Report on the working of the Ranchi Indian Mental Hospital, Kanke, in Bihar and Orissa - 1930-1940
Year: 1930
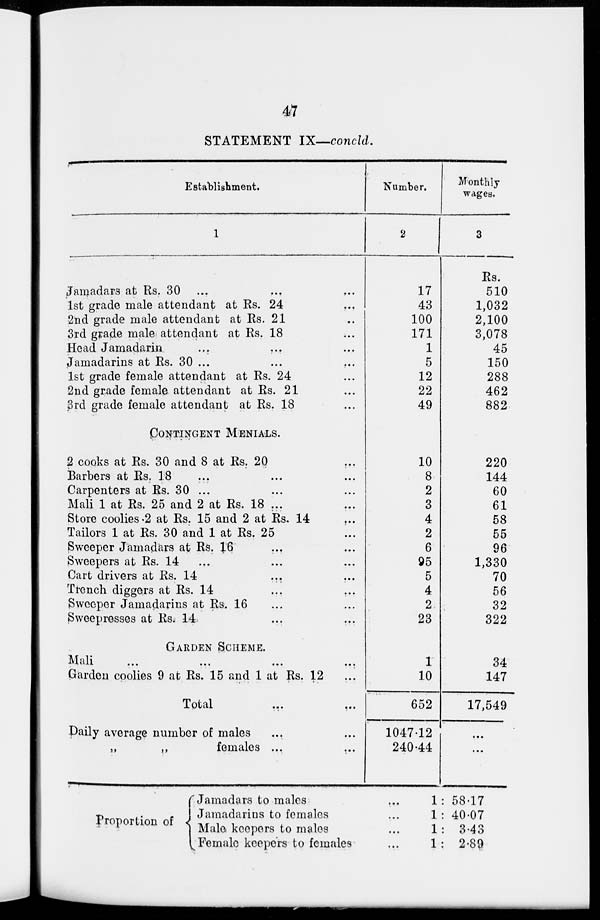
47
STATEMENT IX—concld.
Establishment.
1
Jamadars at Rs. 30 ...
...
...
1st grade male attendant at Rs. 24
...
2nd grade male attendant at Rs. 21 ...
3rd grade male attendant at Rs. 18 ...
Head Jamadarin
...
...
...
Jamadarins at Rs. 30 ...
...
...
1st grade female attendant at Rs. 24 ...
2nd grade female attendant at Rs. 21 ...
3rd grade female attendant at Rs. 18 ...
CONTINGENT MENIALS.
2 cooks at Rs. 30 and 8 at Rs. 20
...
Barbers at Rs. 18
... ... ...
Carpenters at Rs. 30 ... ... ...
Mali 1 at Rs. 25 and 2 at Rs. 18 ... ...
Store coolies 2 at Rs. 15 and 2 at Rs. 14
...
Tailors 1 at Rs. 30 and 1 at Rs. 25
...
Sweeper Jamadars at Rs. 16
... ...
Sweepers at Rs. 14 ... ... ...
Cart drivers at Rs. 14
...
...
Trench diggers at Rs. 14
...
...
Sweeper Jamadarins at Rs. 16 ... ...
Sweepresses at Rs. 14 ... ...
GARDEN SCHEME.
Mali ... ... ... ...
Garden coolies 9 at Rs. 15 and 1 at Rs. 12 ...
Total ... ...
Daily average number of males
...
...
„
„
females ...
...
Proportion of
Jamadars to males ...
Jamadarins to females ...
Male keepers to males ...
Female keepers to females ...
Number.
2
17
43
100
171
1
5
12
22
49
10
8
2
3
4
2
6
95
5
4
2
23
1
10
652
1047.12
240.44
1
1
1
1
Monthly
wages.
3
Rs.
510
1,032
2,100
3,078
45
150
288
462
882
220
144
60
61
58
55
96
1,330
70
56
32
322
34
147
17,549
...
...
: 58.17
: 40.07
: 3.43
: 2.89